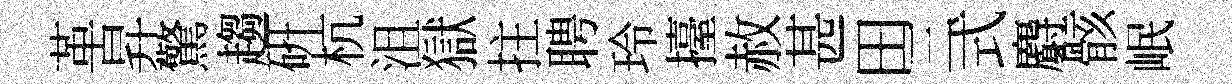
革昇驚趨硏杭沮獄拄聘玲擡赦甚田三式麝骸岷